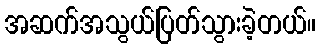
အဆက်အသွယ်ပြတ်သွားခဲ့တယ်။